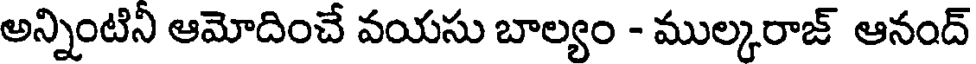
అన్నింటినీ ఆమోదించే వయసు బాల్యం - ముల్కరాజ్ ఆనంద్